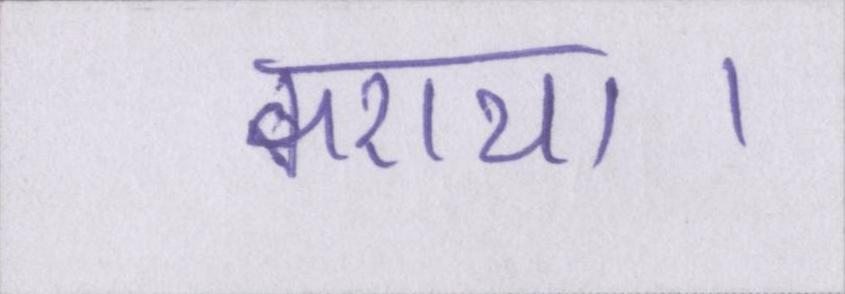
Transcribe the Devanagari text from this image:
कराया।